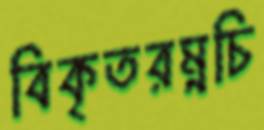
বিকৃতরম্নচি